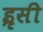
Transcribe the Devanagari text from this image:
इृसी